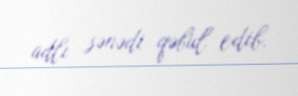
adlı sənədi qəbul edib.